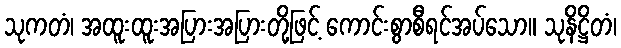
သုကတံ၊ အထူးထူးအပြားအပြားတို့ဖြင့် ကောင်းစွာစီရင်အပ်သော။ သုနိဋ္ဌိတံ၊